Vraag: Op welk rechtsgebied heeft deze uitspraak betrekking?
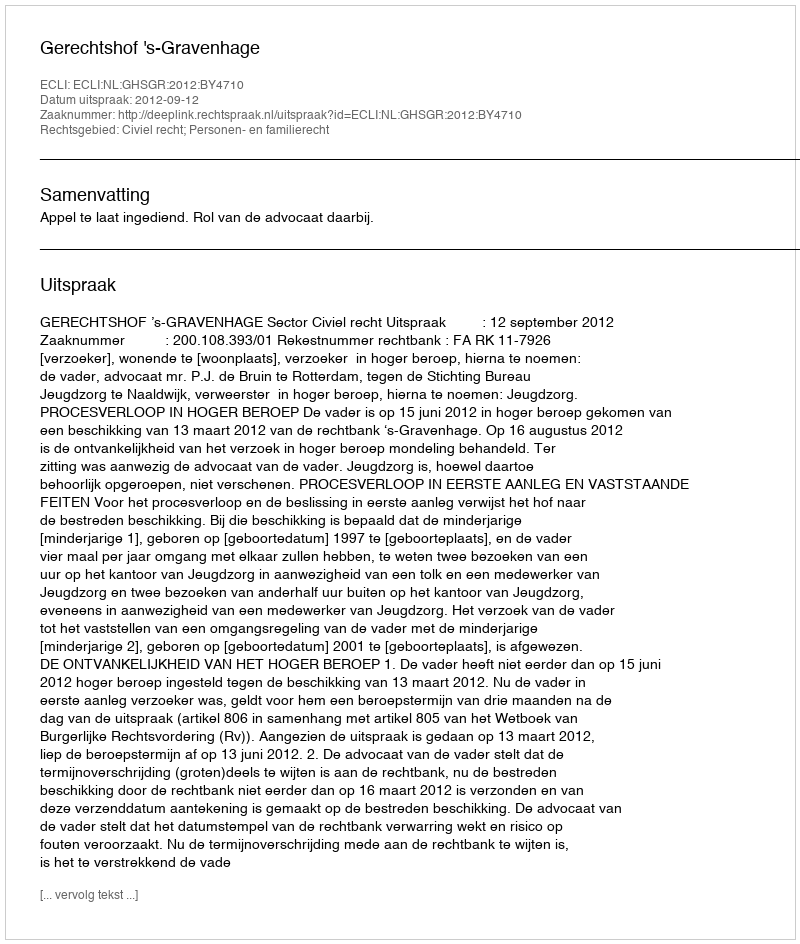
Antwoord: Civiel recht; Personen- en familierecht